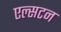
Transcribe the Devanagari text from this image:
एल्सटन